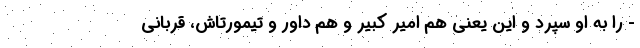
- را به او سپرد و این یعنی هم امیر کبیر و هم داور و تیمورتاش، قربانی